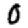
Digit: 0